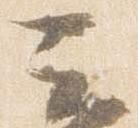
云